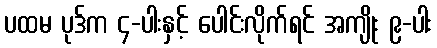
ပထမ ပုဒ်က ၄-ပါးနှင့် ပေါင်းလိုက်ရင် အကျိုး ၉-ပါး